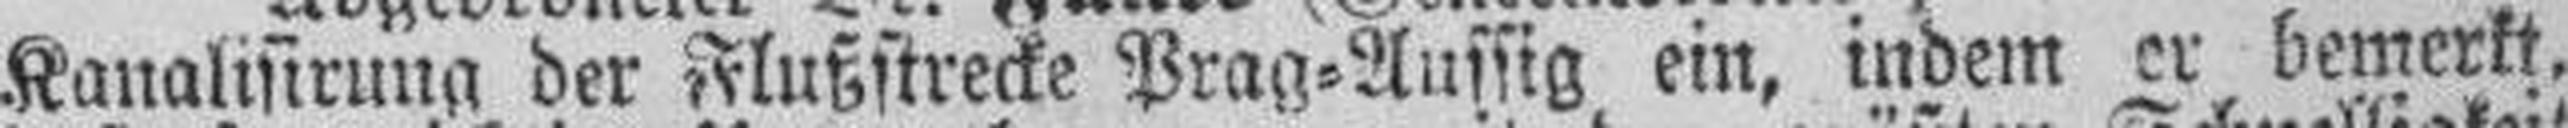
Kanalisirung der Flußstrecke Prag=Aussig ein, indem er bemerkt,